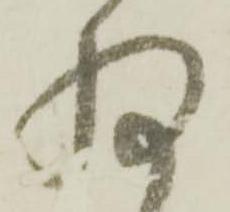
扨